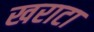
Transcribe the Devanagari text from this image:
खराटा